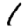
Digit: 1